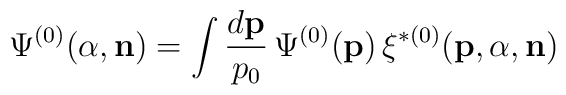
\Psi^{(0)}({\alpha},{\bf n})=\int\frac{d{\bf p}}{p_0}\,\Psi^{(0)}({\bf p})\,\xi^{\ast(0)}({\bf p},{\alpha},{\bf n})